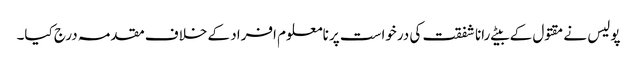
پولیس نے مقتول کے بیٹے رانا شفقت کی درخواست پر نامعلوم افراد کے خلاف مقدمہ درج کیا۔